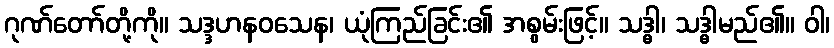
ဂုဏ်တော်တို့ကို။ သဒ္ဒဟနဝသေန၊ ယုံကြည်ခြင်း၏ အစွမ်းဖြင့်။ သဒ္ဓါ၊ သဒ္ဓါမည်၏။ ဝါ၊